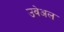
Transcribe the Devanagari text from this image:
उवेअल